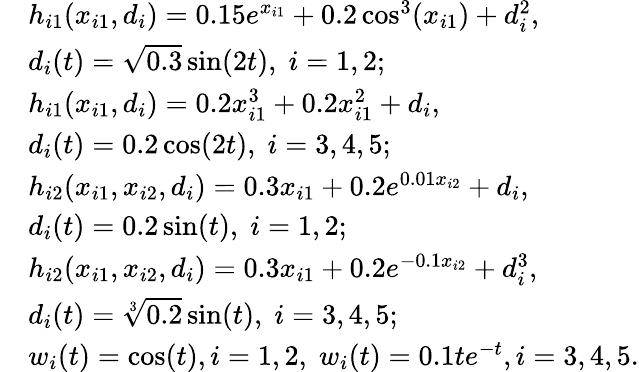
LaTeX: \begin{array}{rl}&{h_{i1}(x_{i1},d_{i})=0.15e^{x_{i1}}+0.2\cos^{3}(x_{i1})+d_{i}^{2},}\\ &{d_{i}(t)=\sqrt{0.3}\sin(2t),\; i=1,2;}\\ &{h_{i1}(x_{i1},d_{i})=0.2x_{i1}^{3}+0.2x_{i1}^{2}+d_{i},}\\ &{d_{i}(t)=0.2\cos(2t),\; i=3,4,5;}\\ &{h_{i2}(x_{i1},x_{i2},d_{i})=0.3x_{i1}+0.2e^{0.01x_{i2}}+d_{i},}\\ &{d_{i}(t)=0.2\sin(t),\; i=1,2;}\\ &{h_{i2}(x_{i1},x_{i2},d_{i})=0.3x_{i1}+0.2e^{-0.1x_{i2}}+d_{i}^{3},}\\ &{d_{i}(t)=\sqrt[3]{0.2}\sin(t),\; i=3,4,5;}\\ &{w_{i}(t)=\cos(t),i=1,2,\; w_{i}(t)=0.1te^{-t},i=3,4,5.}\end{array}